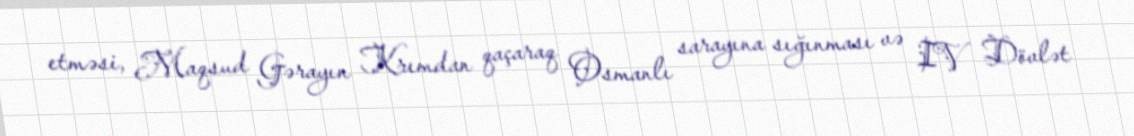
etməsi, Maqsud Gərayın Krımdan qaçaraq Osmanlı sarayına sığınması və IV Dövlət